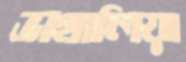
ভাথালিয়া